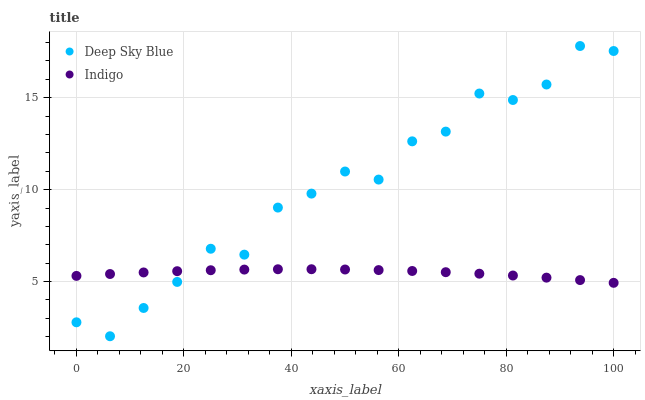
| xaxis_label | Deep Sky Blue | Indigo |
 | --- | --- | --- |
 | 0 | 2.79 | 5.31 |
 | 6.25 | 2.03 | 5.41 |
 | 12.5 | 3.57 | 5.5 |
 | 18.8 | 4.98 | 5.57 |
 | 25 | 6.79 | 5.62 |
 | 31.2 | 6.47 | 5.65 |
 | 37.5 | 9.02 | 5.67 |
 | 43.8 | 9.78 | 5.67 |
 | 50 | 11 | 5.66 |
 | 56.2 | 10.5 | 5.63 |
 | 62.5 | 12.6 | 5.58 |
 | 68.8 | 13.2 | 5.51 |
 | 75 | 15.2 | 5.43 |
 | 81.2 | 14.9 | 5.33 |
 | 87.5 | 15.7 | 5.22 |
 | 93.8 | 17.8 | 5.08 |
 | 100 | 17.5 | 4.93 |